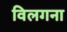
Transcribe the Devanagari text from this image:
विलगना